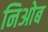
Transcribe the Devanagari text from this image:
निओब